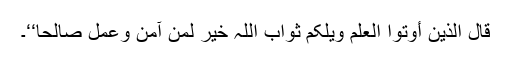
قال الذین أوتوا العلم ویلکم ثواب اللہ خیر لمن آمن وعمل صالحا‘‘۔